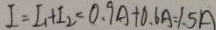
I = I _ { 1 } + I _ { 2 } = 0 . 9 A + 0 . 6 A = 1 . 5 A